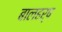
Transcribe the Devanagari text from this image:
बालहर्ष